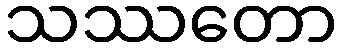
သဿတော